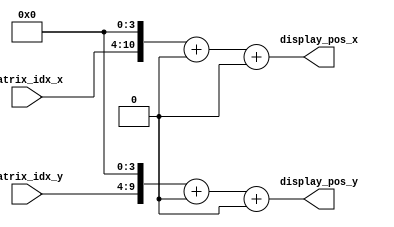
// this function maps a matrix position to the actual display positions

// this function also should  the resolution of the VGA
// and the dimension of the matrix to represent how
// many pixels is at every index
// for now we will not make a division as the circuit is not 
// synthesizable; instead we will allow fixed combinations

// 1615 -> horizontal display max [11 bits]
// 826 -> vertical display max [10 bits]
// make sure you wrap around those two numbers
// The visible region is
// horizontally between 336 and 1615 inclusive,
// vertically between 27 and 826 inclusive.
// that gives us a display of 1280 X 800 

// we chose the matrix to be 80 X 50 
// this matches the original ratio as well 
// each pixel represents 16x16 pixels in the original display
// matrix_idx_x -> 7 bits
// matrix_idx_y -> 6 bits 

// if these values are taken care of by the FrontEnd, just make it all zeros in a parameterized fashion


// this function takes the matrix id and it returns the actual position in the display
module _map_index_to_display (input [6:0]matrix_idx_x, input [5:0]matrix_idx_y,
                            output [10:0]display_pos_x, output [9:0]display_pos_y); 
                            

     // I will make the index representing the center of 16X16 block 
     // also the visible area starting is 336 in horizontal and 27 vertical 
     // the equation to update this given that I have matrix_idx(x,y)
     // display_pos_x = (x << 4 )+ 7 + 336    // multiply by 16 and move to the center in the visible area  
//     parameter MOVE_TO_CENTER= 7; 
     // parameter H_VISIBLE_START= 336; 
     // parameter V_VISIBLE_START= 27;
      
    parameter MOVE_TO_CENTER= 0; 
     parameter H_VISIBLE_START= 0; 
     parameter V_VISIBLE_START= 0; 
     assign display_pos_x= (matrix_idx_x << 4) + MOVE_TO_CENTER + H_VISIBLE_START; 
     assign display_pos_y= (matrix_idx_y << 4) + MOVE_TO_CENTER + V_VISIBLE_START; 
     
     

     
     
     
                   


endmodule